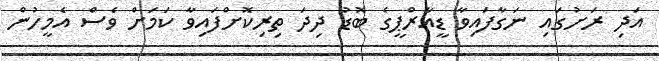
އަދި ރަށުގައި ނަގާފައިވާ ޑީއާރްޕީގެ ބޮޑު ދިދަ ތިރިކޮށްފައިވާ ކަމަށް ވެސް އެމީހުން